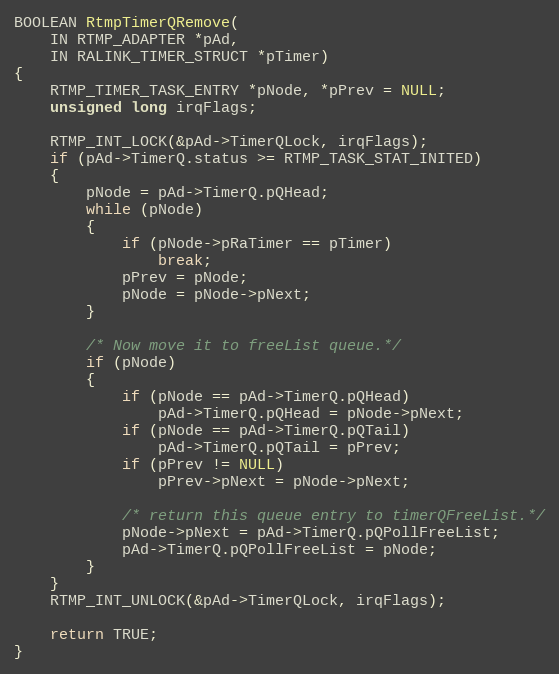
Language: C
BOOLEAN RtmpTimerQRemove(
	IN RTMP_ADAPTER *pAd,
	IN RALINK_TIMER_STRUCT *pTimer)
{
	RTMP_TIMER_TASK_ENTRY *pNode, *pPrev = NULL;
	unsigned long irqFlags;

	RTMP_INT_LOCK(&pAd->TimerQLock, irqFlags);
	if (pAd->TimerQ.status >= RTMP_TASK_STAT_INITED)
	{
		pNode = pAd->TimerQ.pQHead;
		while (pNode)
		{
			if (pNode->pRaTimer == pTimer)
				break;
			pPrev = pNode;
			pNode = pNode->pNext;
		}

		/* Now move it to freeList queue.*/
		if (pNode)
		{
			if (pNode == pAd->TimerQ.pQHead)
				pAd->TimerQ.pQHead = pNode->pNext;
			if (pNode == pAd->TimerQ.pQTail)
				pAd->TimerQ.pQTail = pPrev;
			if (pPrev != NULL)
				pPrev->pNext = pNode->pNext;

			/* return this queue entry to timerQFreeList.*/
			pNode->pNext = pAd->TimerQ.pQPollFreeList;
			pAd->TimerQ.pQPollFreeList = pNode;
		}
	}
	RTMP_INT_UNLOCK(&pAd->TimerQLock, irqFlags);

	return TRUE;
}